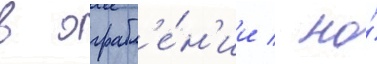
в ограбл'е́н'ии / но́